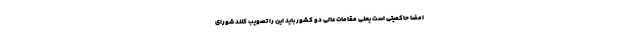
امضا حاکمیتی است یعنی مقامات عالی دو کشور باید این را تصویب کنند شورای